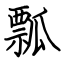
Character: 瓢